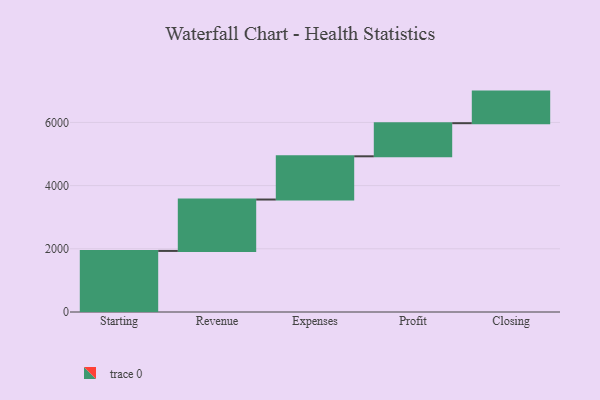
{"axis": {"x": "Step", "y": "Value"}, "legend": [""], "data": [{"x": "Starting", "y": 1933.0, "type": ""}, {"x": "Revenue", "y": 1627.0, "type": ""}, {"x": "Expenses", "y": 1368.0, "type": ""}, {"x": "Profit", "y": 1048.0, "type": ""}, {"x": "Closing", "y": 1000, "type": ""}]}